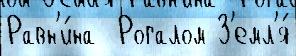
Равн'и́на  Рогалом З'емл'я́